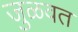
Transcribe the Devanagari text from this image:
जुळवत